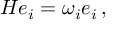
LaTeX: H e _ { i } = \omega _ { i } e _ { i } \, ,